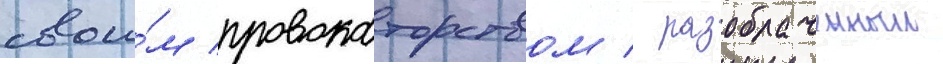
свои́м провокаторством / разоблаченныи